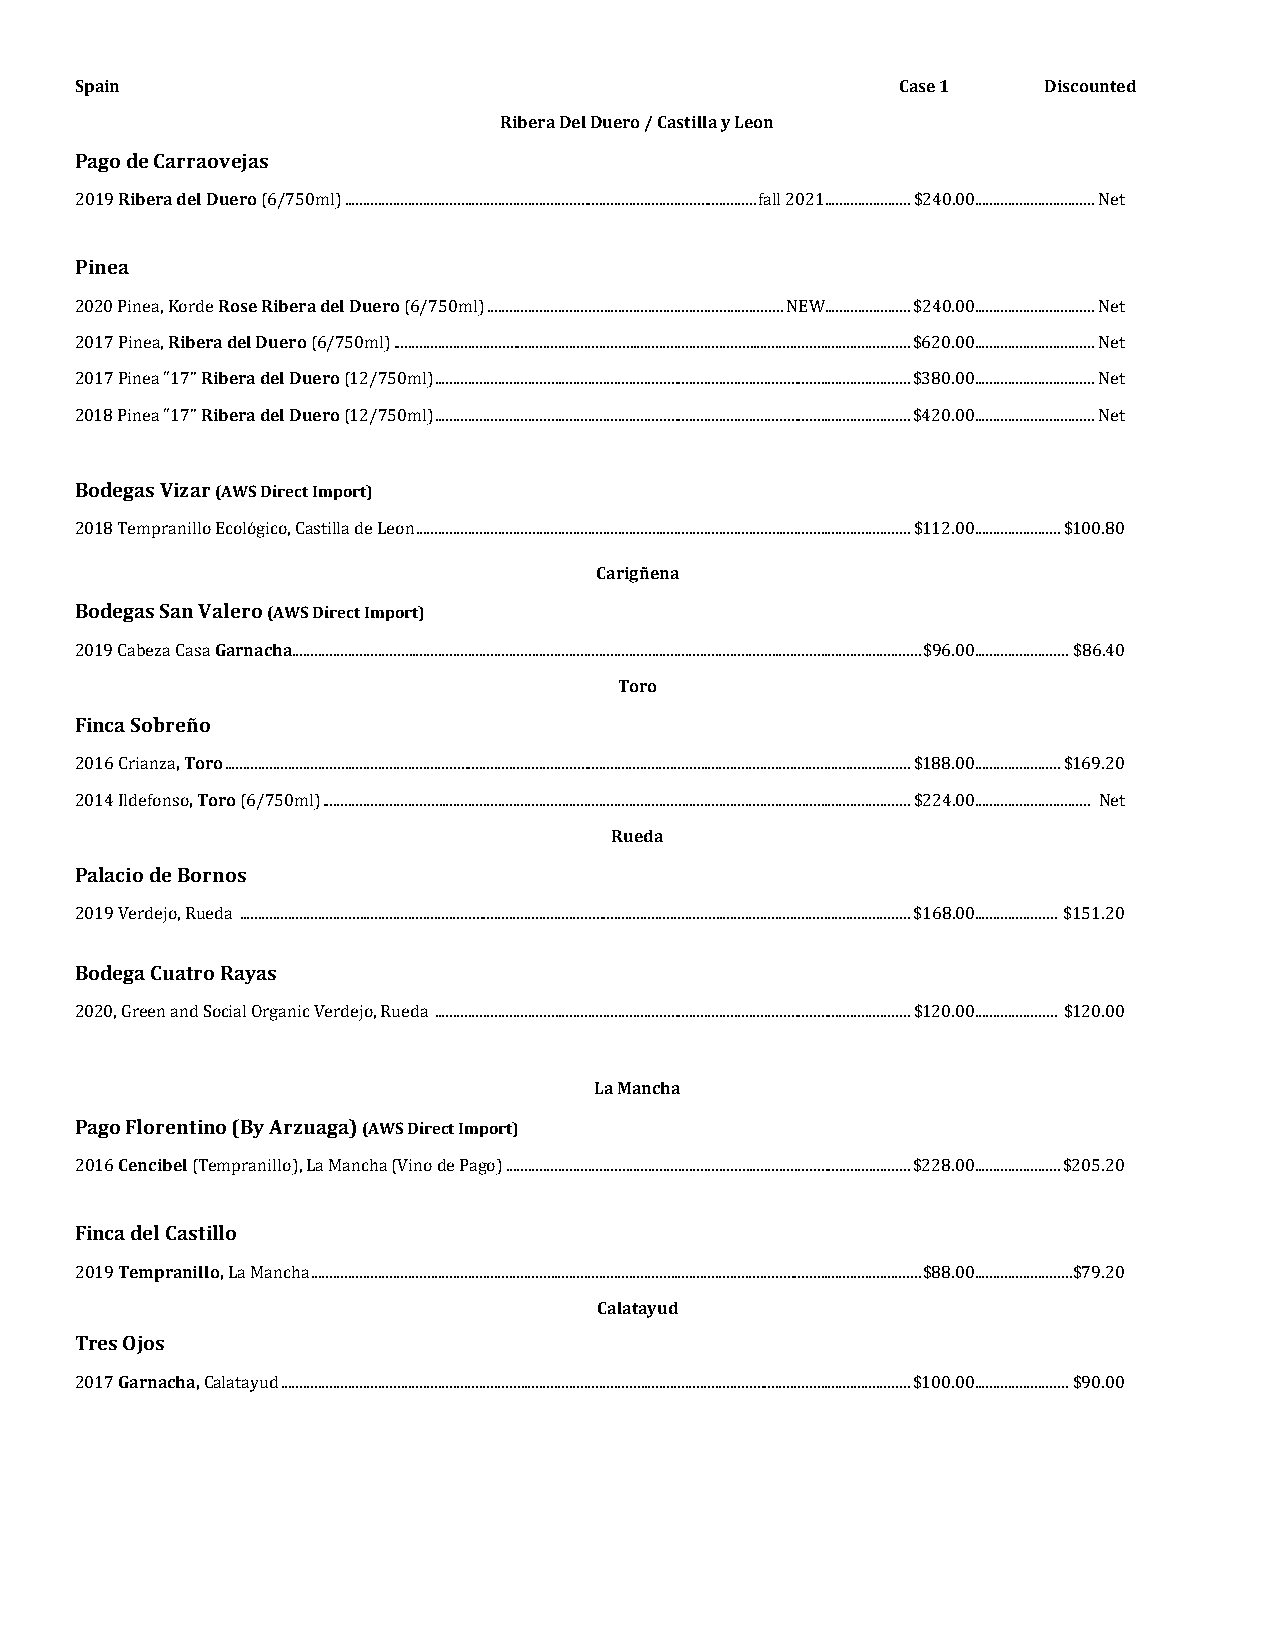
Spain                                                  Case 1   Discounted
 Ribera Del Duero / Castilla y Leon
 Pago de Carraovejas
 Ribera del Duero
 2019        (6/750ml) .............................................................................................................. fall 2021....................... $240.00................................ Net
 Pinea
 RoseRibera del Duero
 2020 Pinea, RKoibredrea del D uero (6/750ml) ............................................................................... NEW....................... $240.00................................ Net
 2017 Pinea, Ribera del Du (e6r/o750ml) .......................................................................................................................................... $620.00................................ Net
 2017 Pinea “17” Ribera del Duero (12/750ml) ............................................................................................................................... $380.00................................ Net
 2 018 Pinea “17”  (12/750ml) ............................................................................................................................... $420.00................................ Net
 Bodegas Vizar (AWS Direct Import)
 2018 Tempranillo Ecológico, Castilla de Leon .................................................................................................................................... $112.00....................... $100.80
 Carigñena
 Bodegas San Valero (AWS Direct Import)
 Garnacha
 2019 Cabeza Casa .......................................................................................T...o...r..o... . ..................................................................... $96.00......................... $86.40
 Finca Sobreño
 , Toro
 2016 Crianza , Tor .o... ................................................................................................................................................................................... $188.00....................... $169.20
 2014 Ildefonso (6/750ml) ..............................................................................R...u...e..d...a... ................................................................. $224.00............................... Net
 Palacio de Bornos
 2 019 Verdejo, Rueda ................................................................................................................................................................................... $168.00...................... $151.20
 Bodega Cuatro Rayas
 2020, Green and Social Organic Verdejo, Rueda ............................................................................................................................... $120.00...................... $120.00
 La Mancha
 Pago Florentino (By Arzuaga) (AWS Direct Import)
 Cencibel
 2 016   (Tempranillo),La Mancha (Vino de Pago) ............................................................................................................ $228.00....................... $205.20
 Finca del Castillo
 Tempranillo,
 2019      La Mancha .............................................................................C...a..l..a..t..a..y...u...d... ................................................................ $88.00.......................... $79.20
 Tres Ojos
 Garnacha,
 2017    Calatayud ................................................................................................ ........................................................................ $100.00......................... $90.00